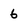
Character: 6